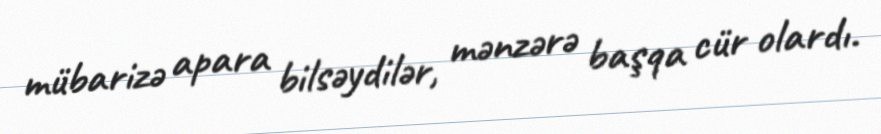
mübarizə apara bilsəydilər, mənzərə başqa cür olardı.